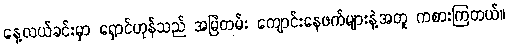
နေ့လယ်ခင်းမှာ ရှောင်ဟုန်သည် အမြဲတမ်း ကျောင်းနေဖက်များနဲ့အတူ ကစားကြတယ်။